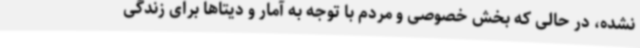
نشده، در حالی که بخش خصوصی و مردم با توجه به آمار و دیتاها برای زندگی